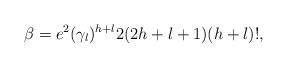
LaTeX: \begin{align*}\beta = e^{2} ( \gamma_{l} )^{h+l} 2(2h+l+1) (h+l)!, \end{align*}